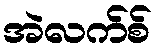
အဲလက်စ်